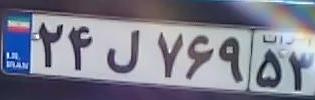
۲۴ل۷۶۹۵۳